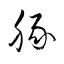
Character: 豚